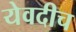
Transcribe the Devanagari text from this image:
येवदीच